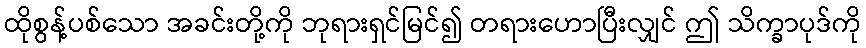
ထိုစွန့်ပစ်သော အခင်းတို့ကို ဘုရားရှင်မြင်၍ တရားဟောပြီးလျှင် ဤ သိက္ခာပုဒ်ကို